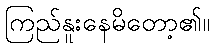
ကြည်နူးနေမိတော့၏။